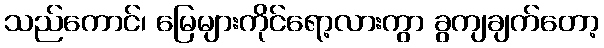
သည်ကောင်၊ မြေများကိုင်ရော့လားကွာ ခွကျချက်တော့